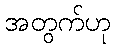
အတွက်ဟု